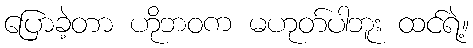
ပြောခဲ့တာ ဟိုဘဝက မဟုတ်ပါဘူး ထင်ရဲ့။